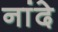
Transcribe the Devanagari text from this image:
नांदे